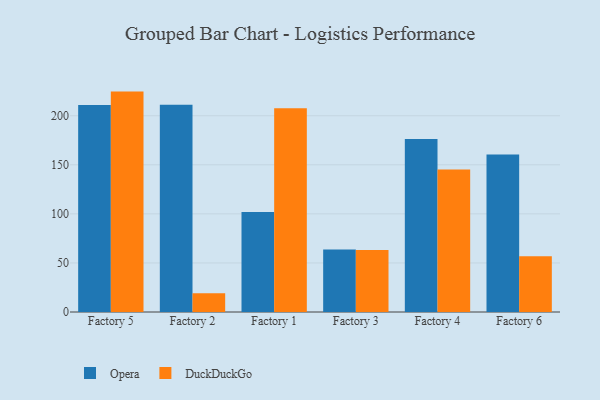
{"axis": {"x": "Factory", "y": "Conversion Rate (%)"}, "legend": ["DuckDuckGo", "Opera"], "data": [{"x": "Factory 5", "y": 211.0, "type": "Opera"}, {"x": "Factory 5", "y": 224.6, "type": "DuckDuckGo"}, {"x": "Factory 2", "y": 211.2, "type": "Opera"}, {"x": "Factory 2", "y": 19.1, "type": "DuckDuckGo"}, {"x": "Factory 1", "y": 101.8, "type": "Opera"}, {"x": "Factory 1", "y": 207.6, "type": "DuckDuckGo"}, {"x": "Factory 3", "y": 63.6, "type": "Opera"}, {"x": "Factory 3", "y": 63.2, "type": "DuckDuckGo"}, {"x": "Factory 4", "y": 176.2, "type": "Opera"}, {"x": "Factory 4", "y": 145.1, "type": "DuckDuckGo"}, {"x": "Factory 6", "y": 160.6, "type": "Opera"}, {"x": "Factory 6", "y": 56.9, "type": "DuckDuckGo"}]}